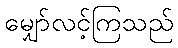
မျှော်လင့်ကြသည်